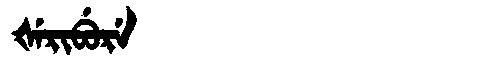
Manchu: ᡧᡝᡵᡳᠪᡠᡵᡝ
Romanization: ŠERIBURE